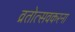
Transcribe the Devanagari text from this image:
व्रतोत्सवकरना